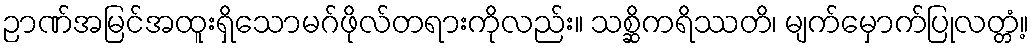
ဉာဏ်အမြင်အထူးရှိသောမဂ်ဖိုလ်တရားကိုလည်း။ သစ္ဆိကရိဿတိ၊ မျက်မှောက်ပြုလတ္တံ့။